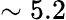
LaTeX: \sim 5.2